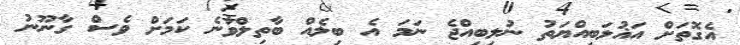
އެގޮތަށް އަޣުލަބިއްޔަތު ނުލިބިއްޖެ ނަމަ އެ ބިލެއް ބާތިލްވާނެ ކަމަށް ވެސް ގާނޫނު